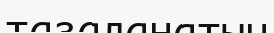
тазаланатын